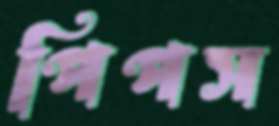
পিপস